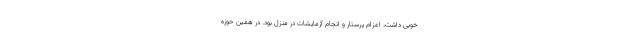
خوبی داشت، اعزام پرستار و انجام آزمایشات در منزل بود. در همین حوزه